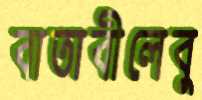
বাতাবীলেবু